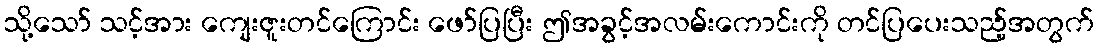
သို့သော် သင့်အား ကျေးဇူးတင်ကြောင်း ဖော်ပြပြီး ဤအခွင့်အလမ်းကောင်းကို တင်ပြပေးသည့်အတွက်